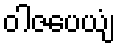
ဝါဇပေယျံ